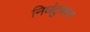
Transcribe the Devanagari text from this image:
निघंटुकाल